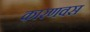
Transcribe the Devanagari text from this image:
कारणवस